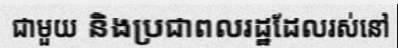
ជាមួយ និងប្រជាពលរដ្ឋដែលរស់នៅ